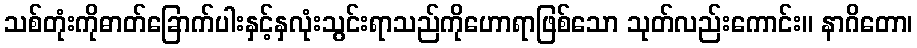
သစ်တုံးကိုဓာတ်ခြောက်ပါးနှင့်နှလုံးသွင်းရာသည်ကိုဟောရာဖြစ်သော သုတ်လည်းကောင်း။ နာဂိတော၊